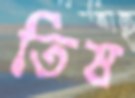
তিষ